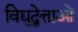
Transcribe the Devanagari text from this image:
विद्युद्वेत्ताओं